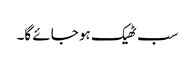
سب ٹھیک ہو جائے گا۔